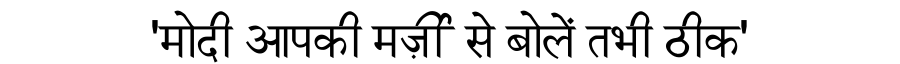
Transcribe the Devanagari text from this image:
'मोदी आपकी मर्ज़ी से बोलें तभी ठीक'